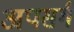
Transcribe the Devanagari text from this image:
अपसर्ग